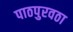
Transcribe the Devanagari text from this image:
पाठपुरवठा